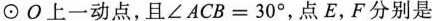
\odotO上一动点，且∠ACB=30°，点E，F分别是